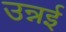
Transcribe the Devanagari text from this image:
उन्नई